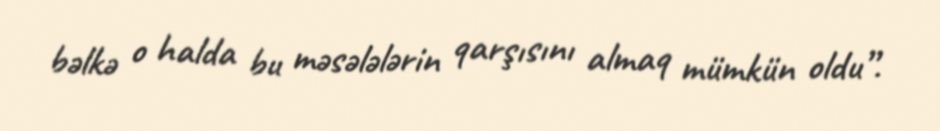
bəlkə o halda bu məsələlərin qarşısını almaq mümkün oldu”.